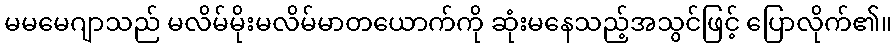
မမမေဂျာသည် မလိမ်မိုးမလိမ်မာတယောက်ကို ဆုံးမနေသည့်အသွင်ဖြင့် ပြောလိုက်၏။